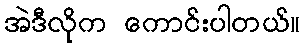
အဲဒီလိုက ကောင်းပါတယ်။